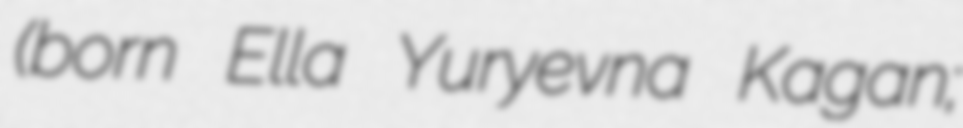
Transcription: (born Ella Yuryevna Kagan;